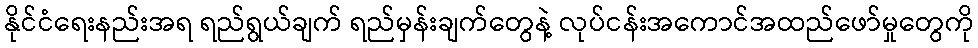
နိုင်ငံရေးနည်းအရ ရည်ရွယ်ချက် ရည်မှန်းချက်တွေနဲ့ လုပ်ငန်းအကောင်အထည်ဖော်မှုတွေကို